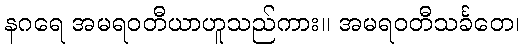
နဂရေ အမရဝတီယာဟူသည်ကား။ အမရဝတီသင်္ခတေ၊